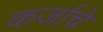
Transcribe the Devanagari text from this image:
कर्जाचे